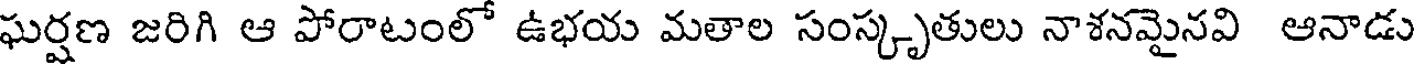
ఘర్షణ జరిగి ఆ పోరాటంలో ఉభయ మతాల సంస్కృతులు నాశనమైనవి ఆనాడు